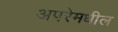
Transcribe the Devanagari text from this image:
अपरेमधील